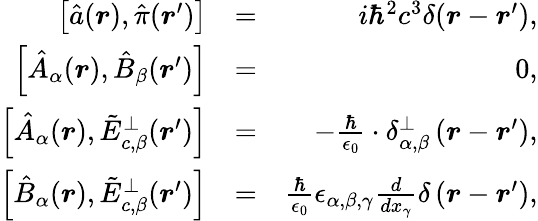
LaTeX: \begin{array}{rlr}{\left[\hat{a}(\boldsymbol r),\hat{\pi}(\boldsymbol r^{\prime})\right]}&{=}&{i\hbar^{2}c^{3}\delta(\boldsymbol r-\boldsymbol r^{\prime}),}\\ {\left[\hat{A}_{\alpha}(\boldsymbol r),\hat{B}_{\beta}(\boldsymbol r^{\prime})\right]}&{=}&{0,}\\ {\left[\hat{A}_{\alpha}(\boldsymbol r),\tilde{E}_{c,\beta}^{\perp}(\boldsymbol r^{\prime})\right]}&{=}&{-\frac{\hbar}{\epsilon_{0}}\cdot\delta_{\alpha,\beta}^{\perp}\left(\boldsymbol r-\boldsymbol r^{\prime}\right),}\\ {\left[\hat{B}_{\alpha}(\boldsymbol r),\tilde{E}_{c,\beta}^{\perp}(\boldsymbol r^{\prime})\right]}&{=}&{\frac{\hbar}{\epsilon_{0}}\epsilon_{\alpha,\beta,\gamma}\frac{d}{dx_{\gamma}}\delta\left(\boldsymbol r-\boldsymbol r^{\prime}\right),}\end{array}